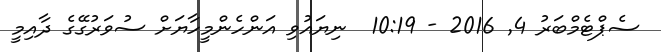
ސެޕްޓެމްބަރު 4